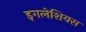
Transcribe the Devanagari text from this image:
इगलेशियस